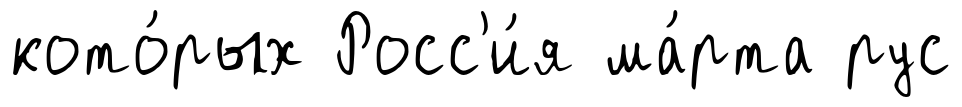
кото́рых Росс'и́я ма́рта рус